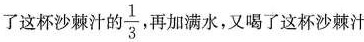
了这杯沙棘汁的\frac{1}{3}再加满水，又喝了这杯沙棘汁